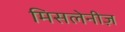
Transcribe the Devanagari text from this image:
मिसलेनीज़